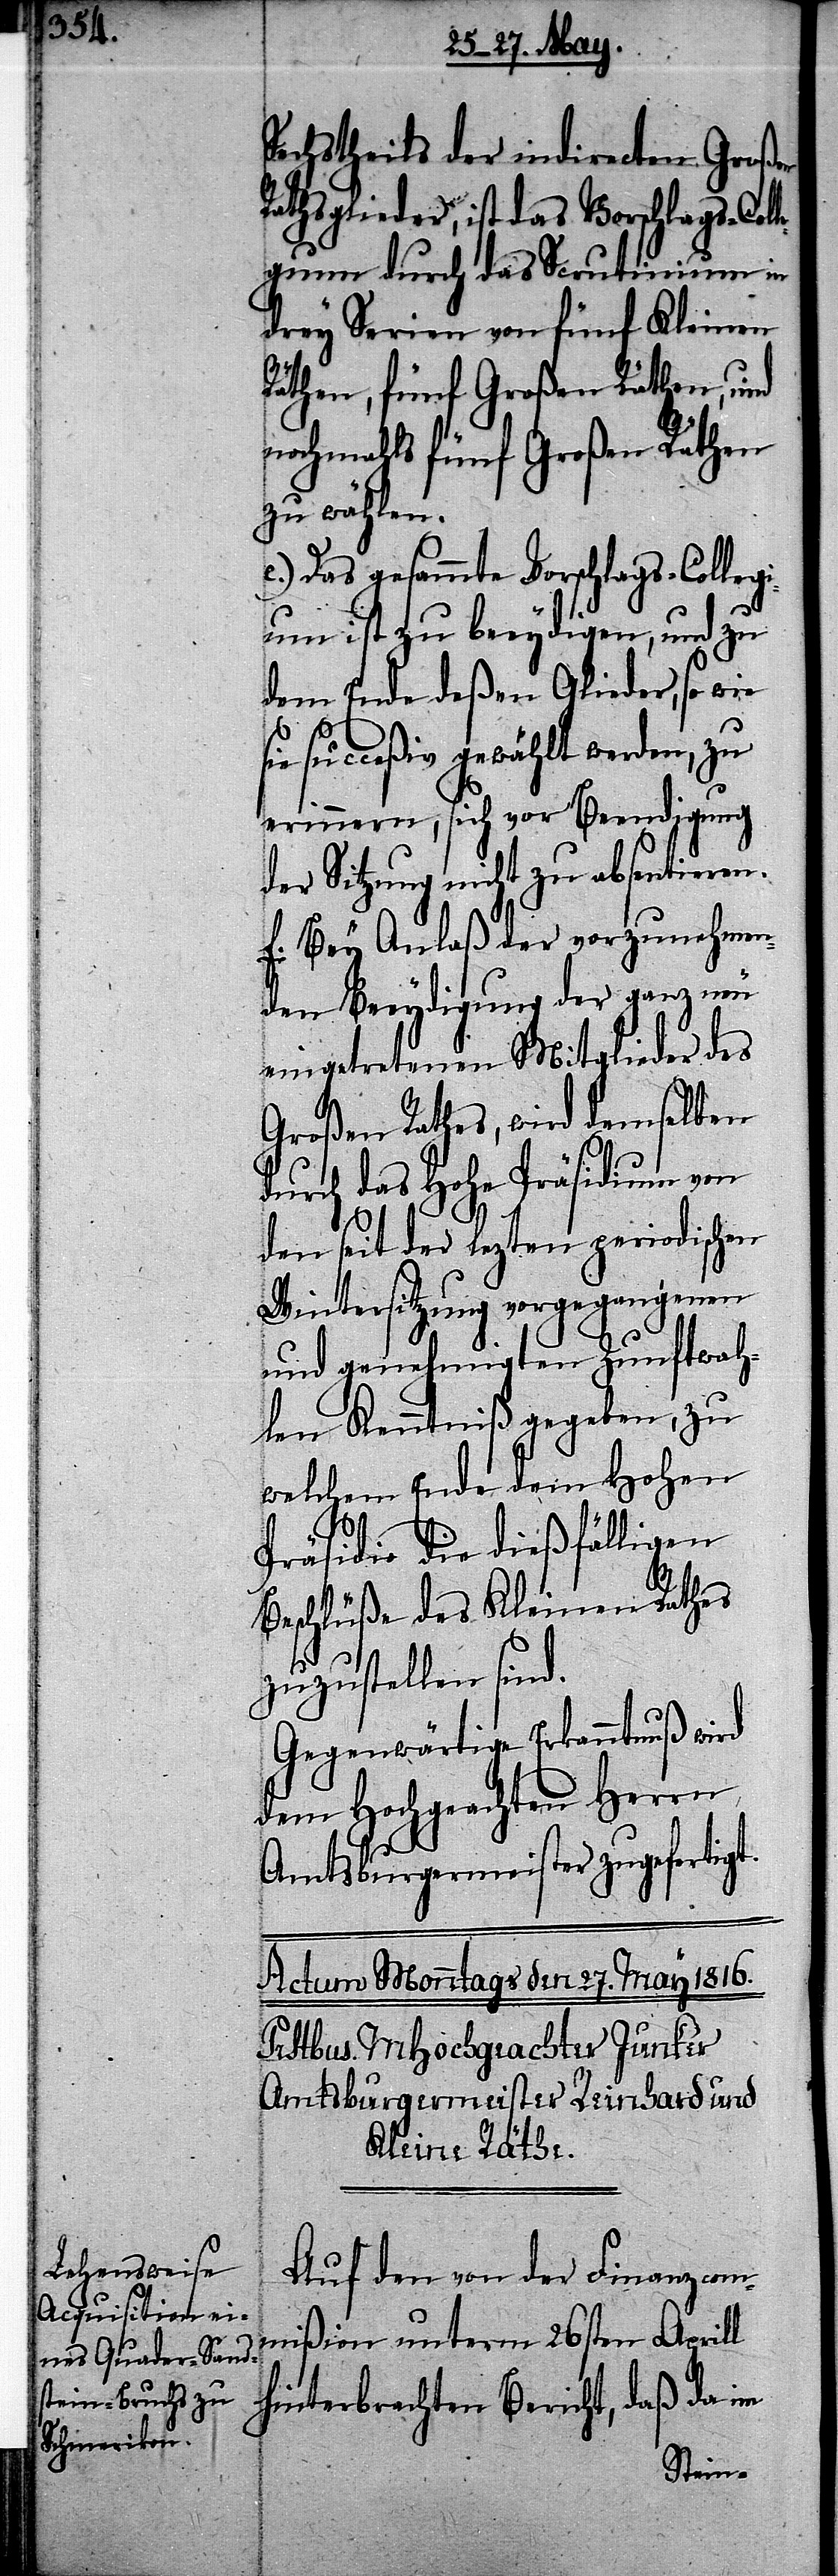
Sechstheils der indirecten Großen
Rathsglieder, ist das Vorschlags-Col¬
legium durch das Scrutinium in
drey Serien von fünf Kleinen
Räthen, fünf Großen Räthen, und
nochmahls fünf Großen Räthen
zu wählen.
e.) Das gesammte Vorschlags-Collegi¬
um ist zu beeydigen, und zu
dem Ende deßen Glieder, so wie
succeßiv gewählt werden, zu
erinnern, sich vor Beendigung
der Sitzung nicht zu absentieren.
f. Bey Anlaß der vorzunehmen¬
den Beeydigung der ganz neu
eingetretenen Mitglieder des
Großen Rathes, wird demselben
durch das Hohe Präsidium von
den seit der lezten periodischen
Wintersitzung vorgegangenen
und genehmigten Zunftwah¬
len Kenntniß gegeben, zu
welchem Ende dem Hohen
Präsidio die dießfälligen
Beschlüße des Kleinen Rathes
zuzustellen sind.
Gegenwärtige Erkanntnuß wird
dem Hochgeachten Herren
Amtsburgermeister zugefertigt.
Auf den von der Finanzcom¬
mißion unterm 26sten Aprill
hinterbrachten Bericht, daß da im